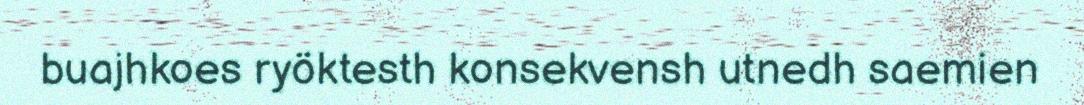
buajhkoes ryöktesth konsekvensh utnedh saemien